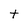
Character: t